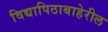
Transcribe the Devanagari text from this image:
विद्यापिठाबाहेरील